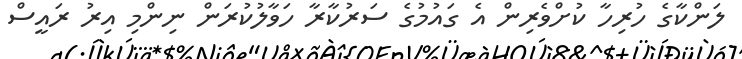
ލަންކާގެ ހުރިހާ ކުށްވެރިން އެ ގައުމުގެ ސަރުކާރާ ހަވާލުކުރަން ނިންމި އިރު ރައީސް